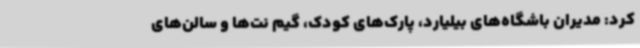
کرد: مدیران باشگاه‌های بیلیارد، پارک‌های کودک، گیم نت‌ها و سالن‌های